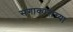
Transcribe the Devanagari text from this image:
संगाकाराच्या